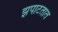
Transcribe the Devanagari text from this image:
झपाटतात